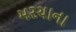
મરચાના